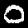
Label: 0